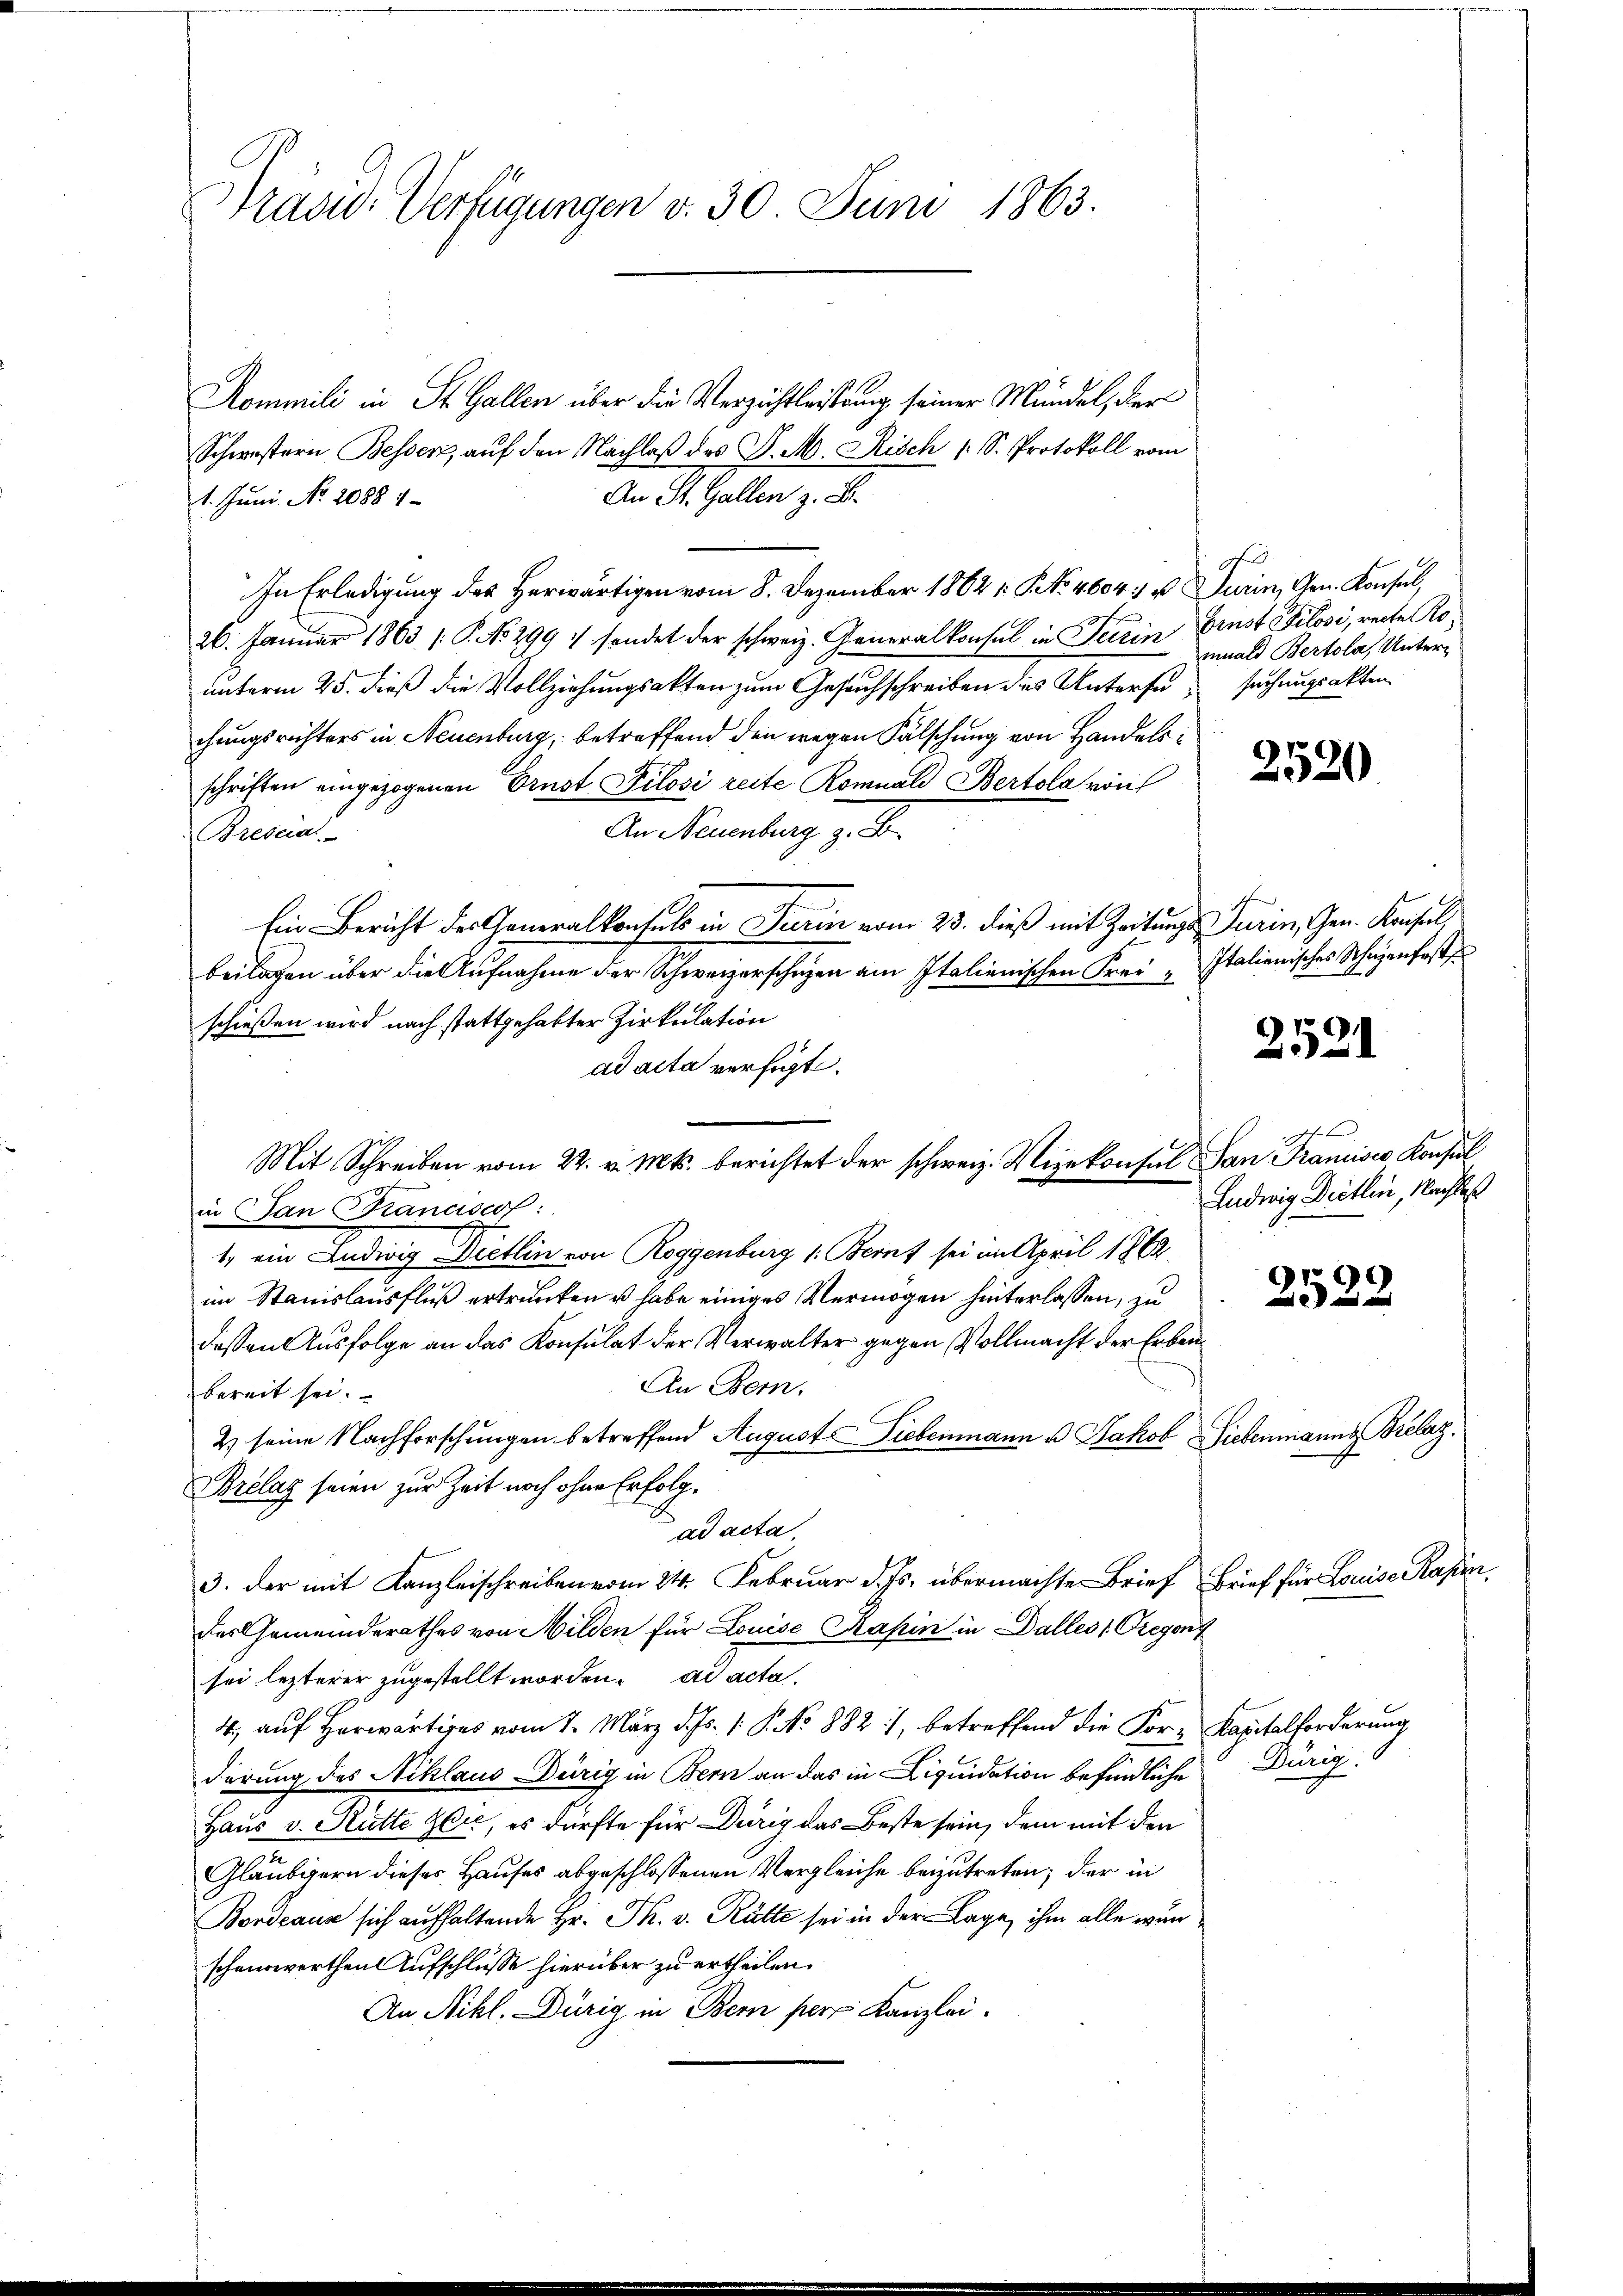
Präsid. Verfügungen v. 30. Juni 1863.

Kommili in St. Gallen über die Verzichtleistung seiner Mündel, der
Schwestern Bessen, auf den Nachlaß des P. M. Risch (S. Protokoll vom
An St. Gallen z. B.
1. Juni. No. 2088 1
In Erledigung des Herwärtigen vom 8. Dezember 18621. No. 4604 u. Turin, Gen. Konsul,
26. Januar 1863. /: P. No 299 :/ sendet der schweiz. Generalkonsul in Terrin Brust Filovi, recte Rounterm 25. dieß die Vollziehungsakten zum Gesuchschreiben des Untersu suchungsakten
chungsrichters in Neuenburg, betreffend den wegen Fälschung von Handels
schriften eingezogenen Prust Pilosi reite Rominals Bertola von
An Neuenburg z. B.
Breberal-
Ein Bericht des Generalkonsuls in Turin vom 23. dieß mit Zeitungs Turin, Gen. Konseil,
beilagen über die Aufnahme der Schweizerschuzen am Italienischen Frei- Italienisches Schadenfass
schießen wird nach stattgehabter Zirkulation
ad acta verfügt.
in Jan Kranciscof:
1. ein Ludwig Dietlin von Roggenburg 1: Beruf sei im April 1862
im Stanislausfluß ertrunken u habe einiges Vermögen hinterlassen, zu
dessen Ausfolge an das Konsulat der Verwalter gegen Vollmacht der Erben
An Bern.
bereit sei.
2 seine Nachforschungen betreffend Auguste Liebenmann u. Jakob Siebenmanns Brelaz.
Brelaz seien zur Zeit noch ohne Erfolgad acta
3. der mit Kanzleischreiben vom 24. Februar d. Js. übermachte Brief Brief für Louise Kasin
des Gemeinderathes von Milden für Louise Kapin in Dalles Gregon
sei lezterer zugestellt worden. ad acta.
4, auf Herwärtiges vom 1. März d. Js. 1. P. No 882, betreffend die For- Kapitalforderung
derung des Niklaus Dürig in Bern an das in Liquidation befindliche Dürig.
Haus v. Rütte Glic, es dürfte für Dürig das Beste sein, dem mit den
Gläubigern dieses Hauses abgeschlossenen Vergleiche beizutreten; der in
Bordeaus sich aufhaltende Hr. Th. v. Kälte sei in der Lage, ihm alle wunschenswerthen Aufschlusse hierüber zu ertheilen.
An Nikl. Dürig in Bern pers Kanzlei.

Mit Schreiben vom 22. v. Mts. berichtet der schweiz. Vizekonsul San Francisco Konsul

maals Bertola, Unter¬

2520

2521

Ludwig Dietlin, Nachtes

2522